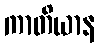
ကာတိယာန